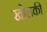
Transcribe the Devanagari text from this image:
खोलकी